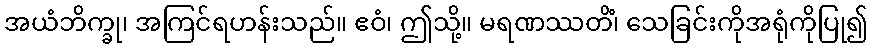
အယံဘိက္ခု၊ အကြင်ရဟန်းသည်။ ဧဝံ၊ ဤသို့။ မရဏဿတိံ၊ သေခြင်းကိုအရုံကိုပြု၍